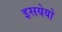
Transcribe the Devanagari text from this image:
इसयेयो